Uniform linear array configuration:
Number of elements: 12
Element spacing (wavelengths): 0.5
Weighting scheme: binomial
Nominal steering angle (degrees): -30
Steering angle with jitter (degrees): -30.144
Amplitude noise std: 0.05
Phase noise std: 0.05

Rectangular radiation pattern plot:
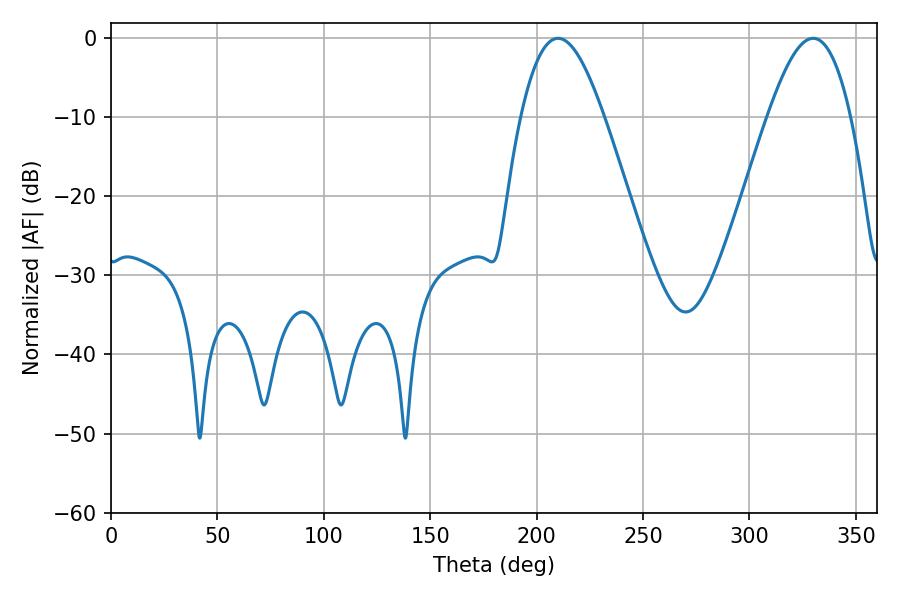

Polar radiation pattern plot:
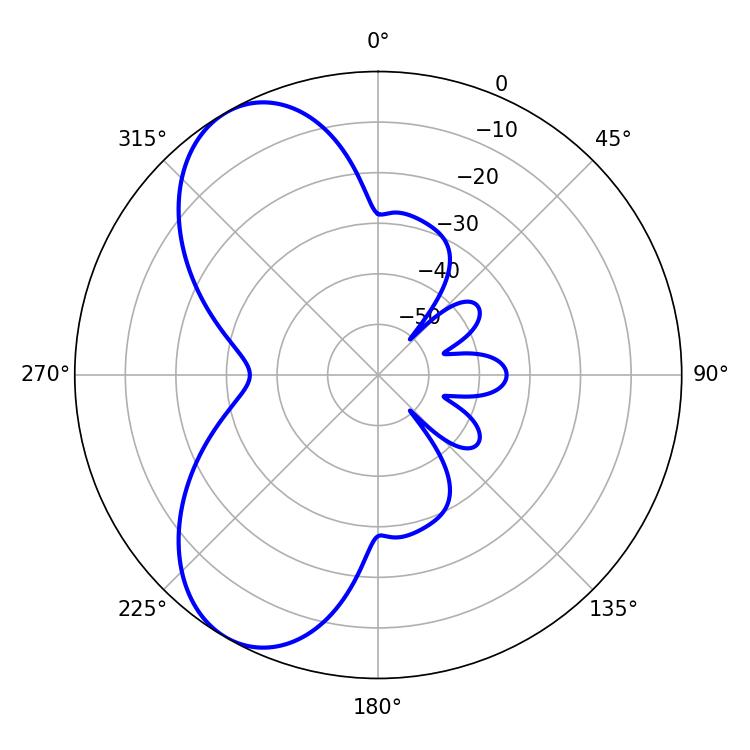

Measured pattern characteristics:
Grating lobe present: FALSE
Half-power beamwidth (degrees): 21.06
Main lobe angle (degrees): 210.06